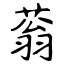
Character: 蓊